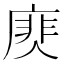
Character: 𢊎